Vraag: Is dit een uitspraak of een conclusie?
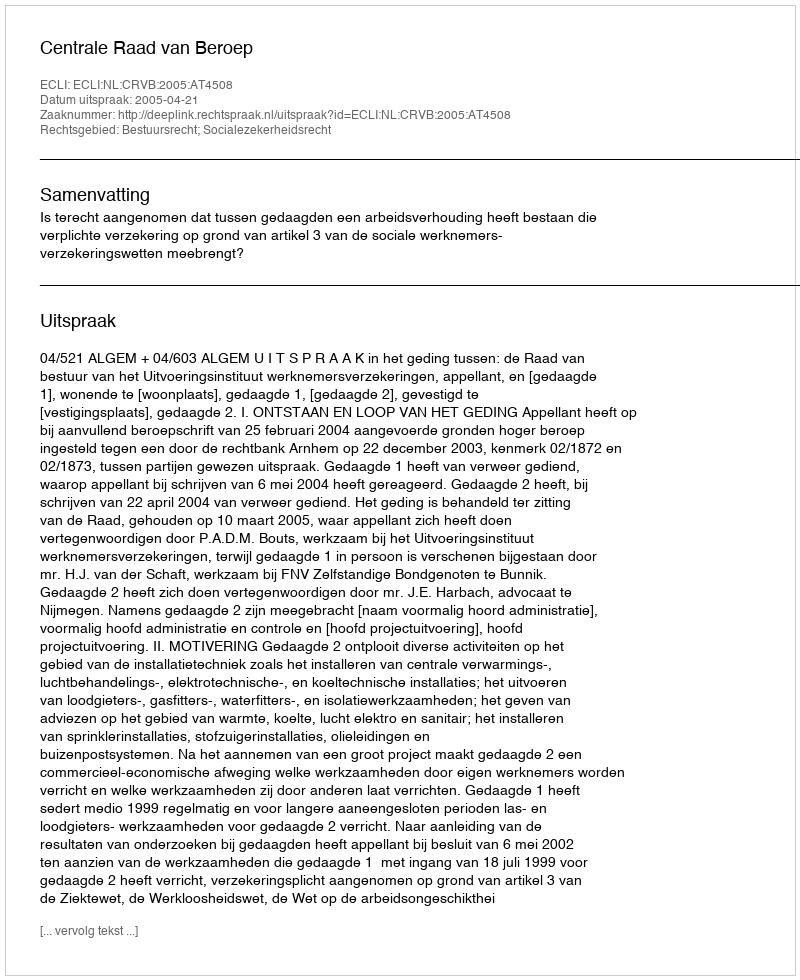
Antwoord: Uitspraak